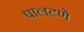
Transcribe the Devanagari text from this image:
पालटणे